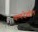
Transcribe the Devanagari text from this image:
कणदेखील